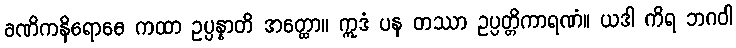
ခဏိကနိရောဓေ ကထာ ဥပ္ပန္နာတိ အတ္ထော။ ဣဒံ ပန တဿာ ဥပ္ပတ္တိကာရဏံ။ ယဒါ ကိရ ဘဂဝါ